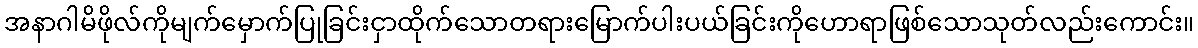
အနာဂါမိဖိုလ်ကိုမျက်မှောက်ပြုခြင်းငှာထိုက်သောတရားမြောက်ပါးပယ်ခြင်းကိုဟောရာဖြစ်သောသုတ်လည်းကောင်း။